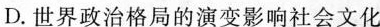
D.世界政治格局的演变影响社会文化